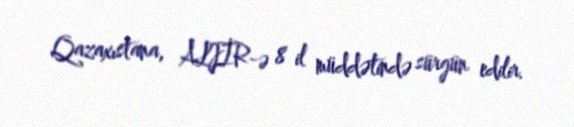
Qazaxıstana, ALJİR-ə 8 il müddətində sürgün edilir.